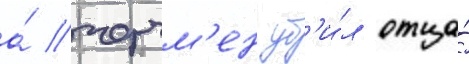
а́ черчм'ен уб'и́л отца́